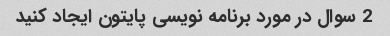
2 سوال در مورد برنامه نویسی پایتون ایجاد کنید